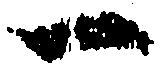
一